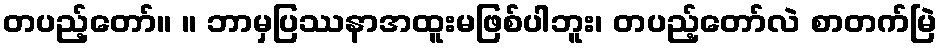
တပည့်တော်။ ။ ဘာမှပြဿနာအထူးမဖြစ်ပါဘူး၊ တပည့်တော်လဲ စာတက်မြဲ